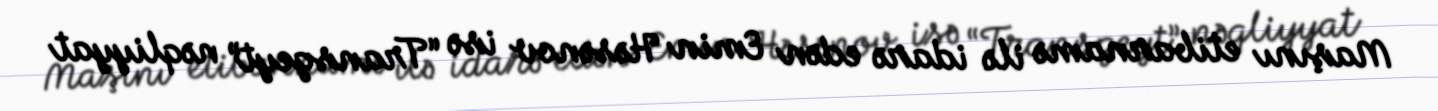
Maşını etibarnamə ilə idarə edən Emin Həsənov isə “Transgeyt” nəqliyyat